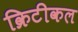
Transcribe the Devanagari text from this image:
क्रिटीकल